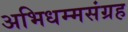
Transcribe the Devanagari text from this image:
अभिधम्मसंग्रह